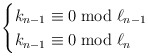
\begin{align*}\begin{cases}k_{n-1} \equiv 0 \bmod \ell_{n-1} \\k_{n-1} \equiv 0 \bmod \ell_n \\\end{cases}\end{align*}